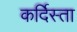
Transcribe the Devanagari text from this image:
कर्दिस्ता